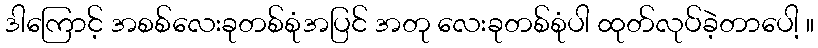
ဒါကြောင့် အစစ်လေးခုတစ်စုံအပြင် အတု လေးခုတစ်စုံပါ ထုတ်လုပ်ခဲ့တာပေါ့ ။